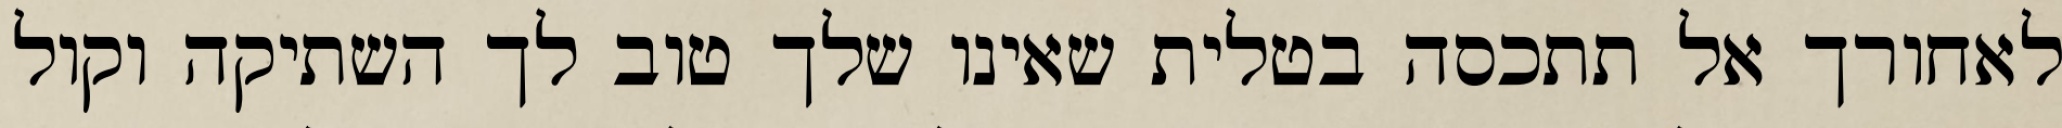
לאחורך אל תתכסה בטלית שאינו שלך טוב לך השתיקה וקול